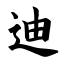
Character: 迪